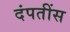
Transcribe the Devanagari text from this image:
दंपतींस